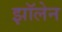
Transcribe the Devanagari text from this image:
झॉलेन